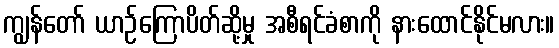
ကျွန်တော် ယာဉ်ကြောပိတ်ဆို့မှု အစီရင်ခံစာကို နားထောင်နိုင်မလား။